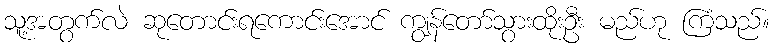
သူ့အတွက်လဲ ဆုတောင်းရကောင်းအောင် ကျွန်တော်သွားထိုးဦး မည်ဟု ကြံသည်။